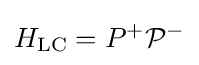
H_{\rm {LC}}=P^{+}{\mathcal {P}}^{-}